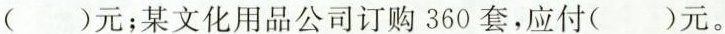
()元；某文化用品公司订购360套，应付()元。